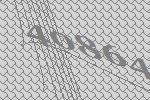
40864